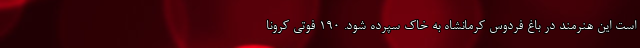
است این هنرمند در باغ فردوس کرمانشاه به خاک سپرده شود. ۱۹۰ فوتی کرونا